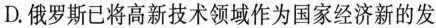
D.俄罗斯已将高新技术领域作为国家经济新的发